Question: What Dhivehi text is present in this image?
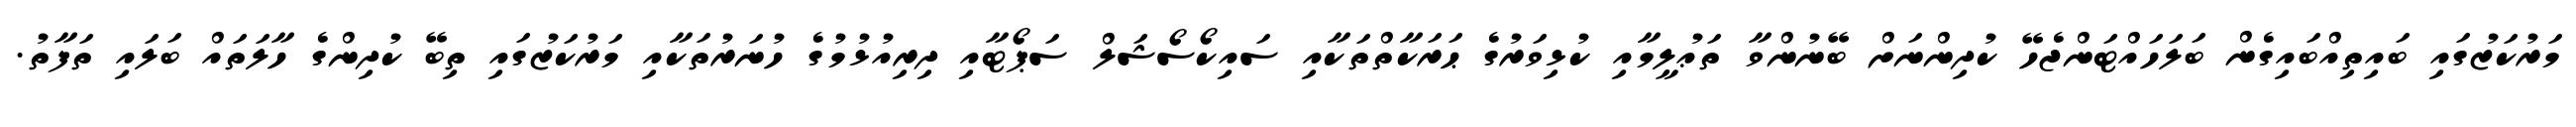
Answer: މަރުކަޒުގައި ބައިތިއްބައިގެން ބަލަހައްޓަންޖެހޭ ކުދިންނަށް ބޭނުންވާ ތަޢުލީމާއި ކުޅިވަރުގެ ޙަރަކާތްތަކާއި ސައިކޯސޯޝަލް ސަޕޯޓާއި ދިރިއުޅުމުގެ ހުނަރުތަކާއި މަރުކަޒުގައި ތިބޭ ކުދިންގެ ހާލަތައް ބަލައި ތަފާތު.